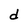
Character: d